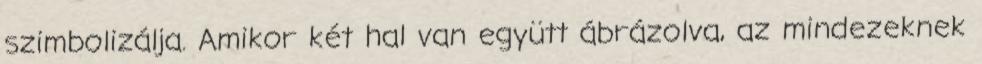
szimbolizálja. Amikor két hal van együtt ábrázolva, az mindezeknek